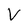
Character: V